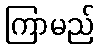
ကြာမည်